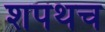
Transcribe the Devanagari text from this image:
शपथच